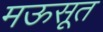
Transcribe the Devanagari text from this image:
मऊसूत